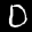
Label: 0